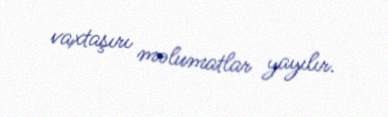
vaxtaşırı məlumatlar yayılır.